Annual report on the working of the Harcourt Butler Institute of Public Health, Rangoon
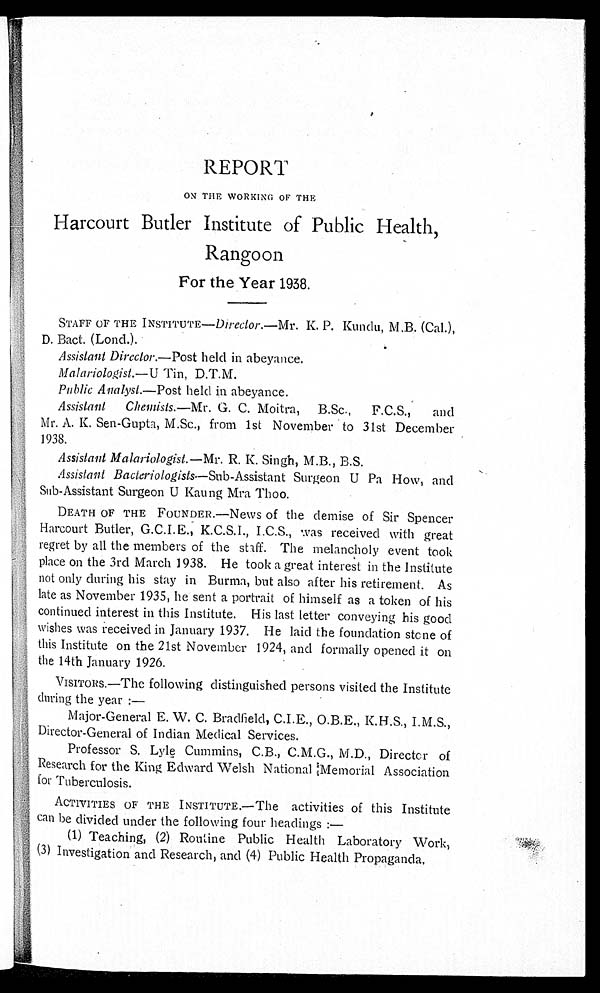
REPORT
ON THE WORKING OF THE
Harcourt But l er Inst i t ut e of Publ i c Heal t h,
Rangoon For the Year 1938.
STAFF OF THE I NSTI TUTE—Di rect or. —Mr. K. P. Kundu, M. B. (Cal . ),
D. Bact. (Lond.).
Assi st ant Di rect or. —Post hel d i n abeyance.
Malariologist.—U Tin, D.T.M.
Publ i c Anal yst. —Post hel d i n abeyance.
A s s i s t a n t C h e m i s t s . — M r . G . C . M o i t r a , B . S c . , F . C . S . , a n d M r . A . K . S e n - G u p t a , M . S c . , f r o m 1 s t N o v e m b e r t o 3 1 s t D e c e m b e r 1 9 3 8 .
As s i s t ant Mal ar i ol ogi s t. —Mr . R. K. Si ngh, M. B. , B. S.
As s i s t a n t Ba c t e r i o l o g i s t s—S u b - As s i s t a n t S u r g e o n U P a Ho w, a n d
Sub- As s i s t ant Sur geon U Kaung Mr a Thoo.
D E A T H O F T H E F O U N D E R . —N e w s o f t h e d e mi s e o f S i r S p e n c e r
H a r c o u r t B u t l e r , G . C . I . E . , K . C . S . I . , I . C . S . , w a s r e c e i v e d w i t h g r e a t
r e g r e t b y a l l t h e m e m b e r s o f t h e s t i f f . T h e m e l a n c h o l y e v e n t t o o k
p l a c e o n t h e 3 r d M a r c h 1 9 3 8 . H e t o o k a g r e a t i n t e r e s t i n t h e I n s t i t u t e
n o t o n l y d u r i n g h i s s t a y i n B u r m a , b u t a l s o a f t e r h i s r e t i r e m e n t . A s
l a t e a s N o v e m b e r 1 9 3 5 , h e s e n t a p o r t r a i t o f h i m s e l f a s a t o k e n o f h i s
c o n t i n u e d i n t e r e s t i n t h i s I n s t i t u t e . H i s l a s t l e t t e r c o n v e y i n g h i s g o o d
w i s h e s w a s r e c e i v e d i n J a n u a r y 1 9 3 7 . H e l a i d t h e f o u n d a t i o n s t o n e o f t h i s I n s t i t u t e o n t h e 2 1 s t N o v e m b e r 1 9 2 4 , a n d f o r m a l l y o p e n e d i t o n t h e 1 4 t h J a n u a r y 1 9 2 6 . V I S I T O R S . — T h e f o l l o w i n g d i s t i n g u i s h e d p e r s o n s v i s i t e d t h e I n s t i t u t e d u r i n g t h e y e a r : — M a j o r - G e n e r a l E . W . C . B r a d f i e l d , C . I . E . , O . B . E . , K . H . S . , I . M . S . , D i r e c t o r - G e n e r a l o f I n d i a n M e d i c a l S e r v i c e s . P r o f e s s o r S . L y l e C u m m i n s , C . B . , C . M . G . , M . D . , D i r e c t o r o f R e s e a r c h f o r t h e K i n g E d w a r d W e l s h N a t i o n a l M e m o r i a l A s s o c i a t i o n f o r T u b e r c u l o s i s . A C T I V I T I E S O F T H E I N S T I T U T E . — T h e a c t i v i t i e s o f t h i s I n s t i t u t e c a n b e d i v i d e d u n d e r t h e f o l l o w i n g f o u r h e a d i n g s : — ( 1 ) T e a c h i n g , ( 2 ) R o u t i n e P u b l i c H e a l t h L a b o r a t o r y W o r k , ( 3 ) I n v e s t i g a t i o n a n d R e s e a r c h , a n d ( 4 ) P u b l i c H e a l t h P r o p a g a n d a .